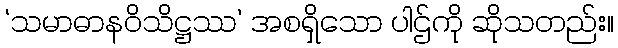
‘သမာဓာနဝိသိဋ္ဌဿ’ အစရှိသော ပါဌ်ကို ဆိုသတည်း။